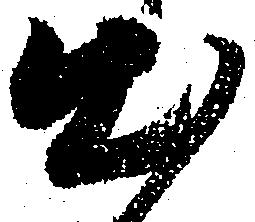
出